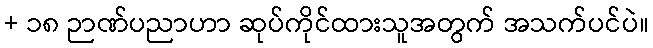
+ ၁၈ ဉာဏ်ပညာဟာ ဆုပ်ကိုင်ထားသူအတွက် အသက်ပင်ပဲ။